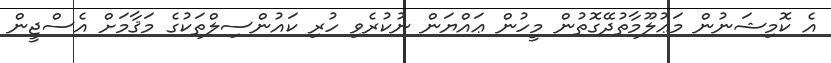
އެ ކޮމިޝަނުން މަޢުލޫމާތުދޭގޮތުން މީހުން ޢައްޔަން ނުކުރެވި ހުރި ކައުންސިލްތަކުގެ މަޤާމަށް އެސްޖީން